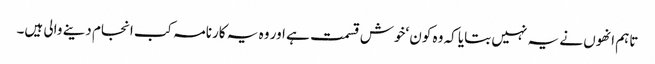
تاہم انھوں نے یہ نہیں بتایا کہ وہ کون ‘خوش قسمت ہے اور وہ یہ کارنامہ کب انجام دینے والی ہیں۔